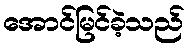
အောင်မြင်ခဲ့သည်